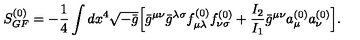
S _ { G F } ^ { ( 0 ) } = - \frac { 1 } { 4 } \int d x ^ { 4 } \sqrt { - \bar { g } } \Bigl [ \bar { g } ^ { \mu \nu } \bar { g } ^ { \lambda \sigma } f _ { \mu \lambda } ^ { ( 0 ) } f _ { \nu \sigma } ^ { ( 0 ) } + \frac { I _ { 2 } } { I _ { 1 } } \bar { g } ^ { \mu \nu } a _ { \mu } ^ { ( 0 ) } a _ { \nu } ^ { ( 0 ) } \Bigr ] .